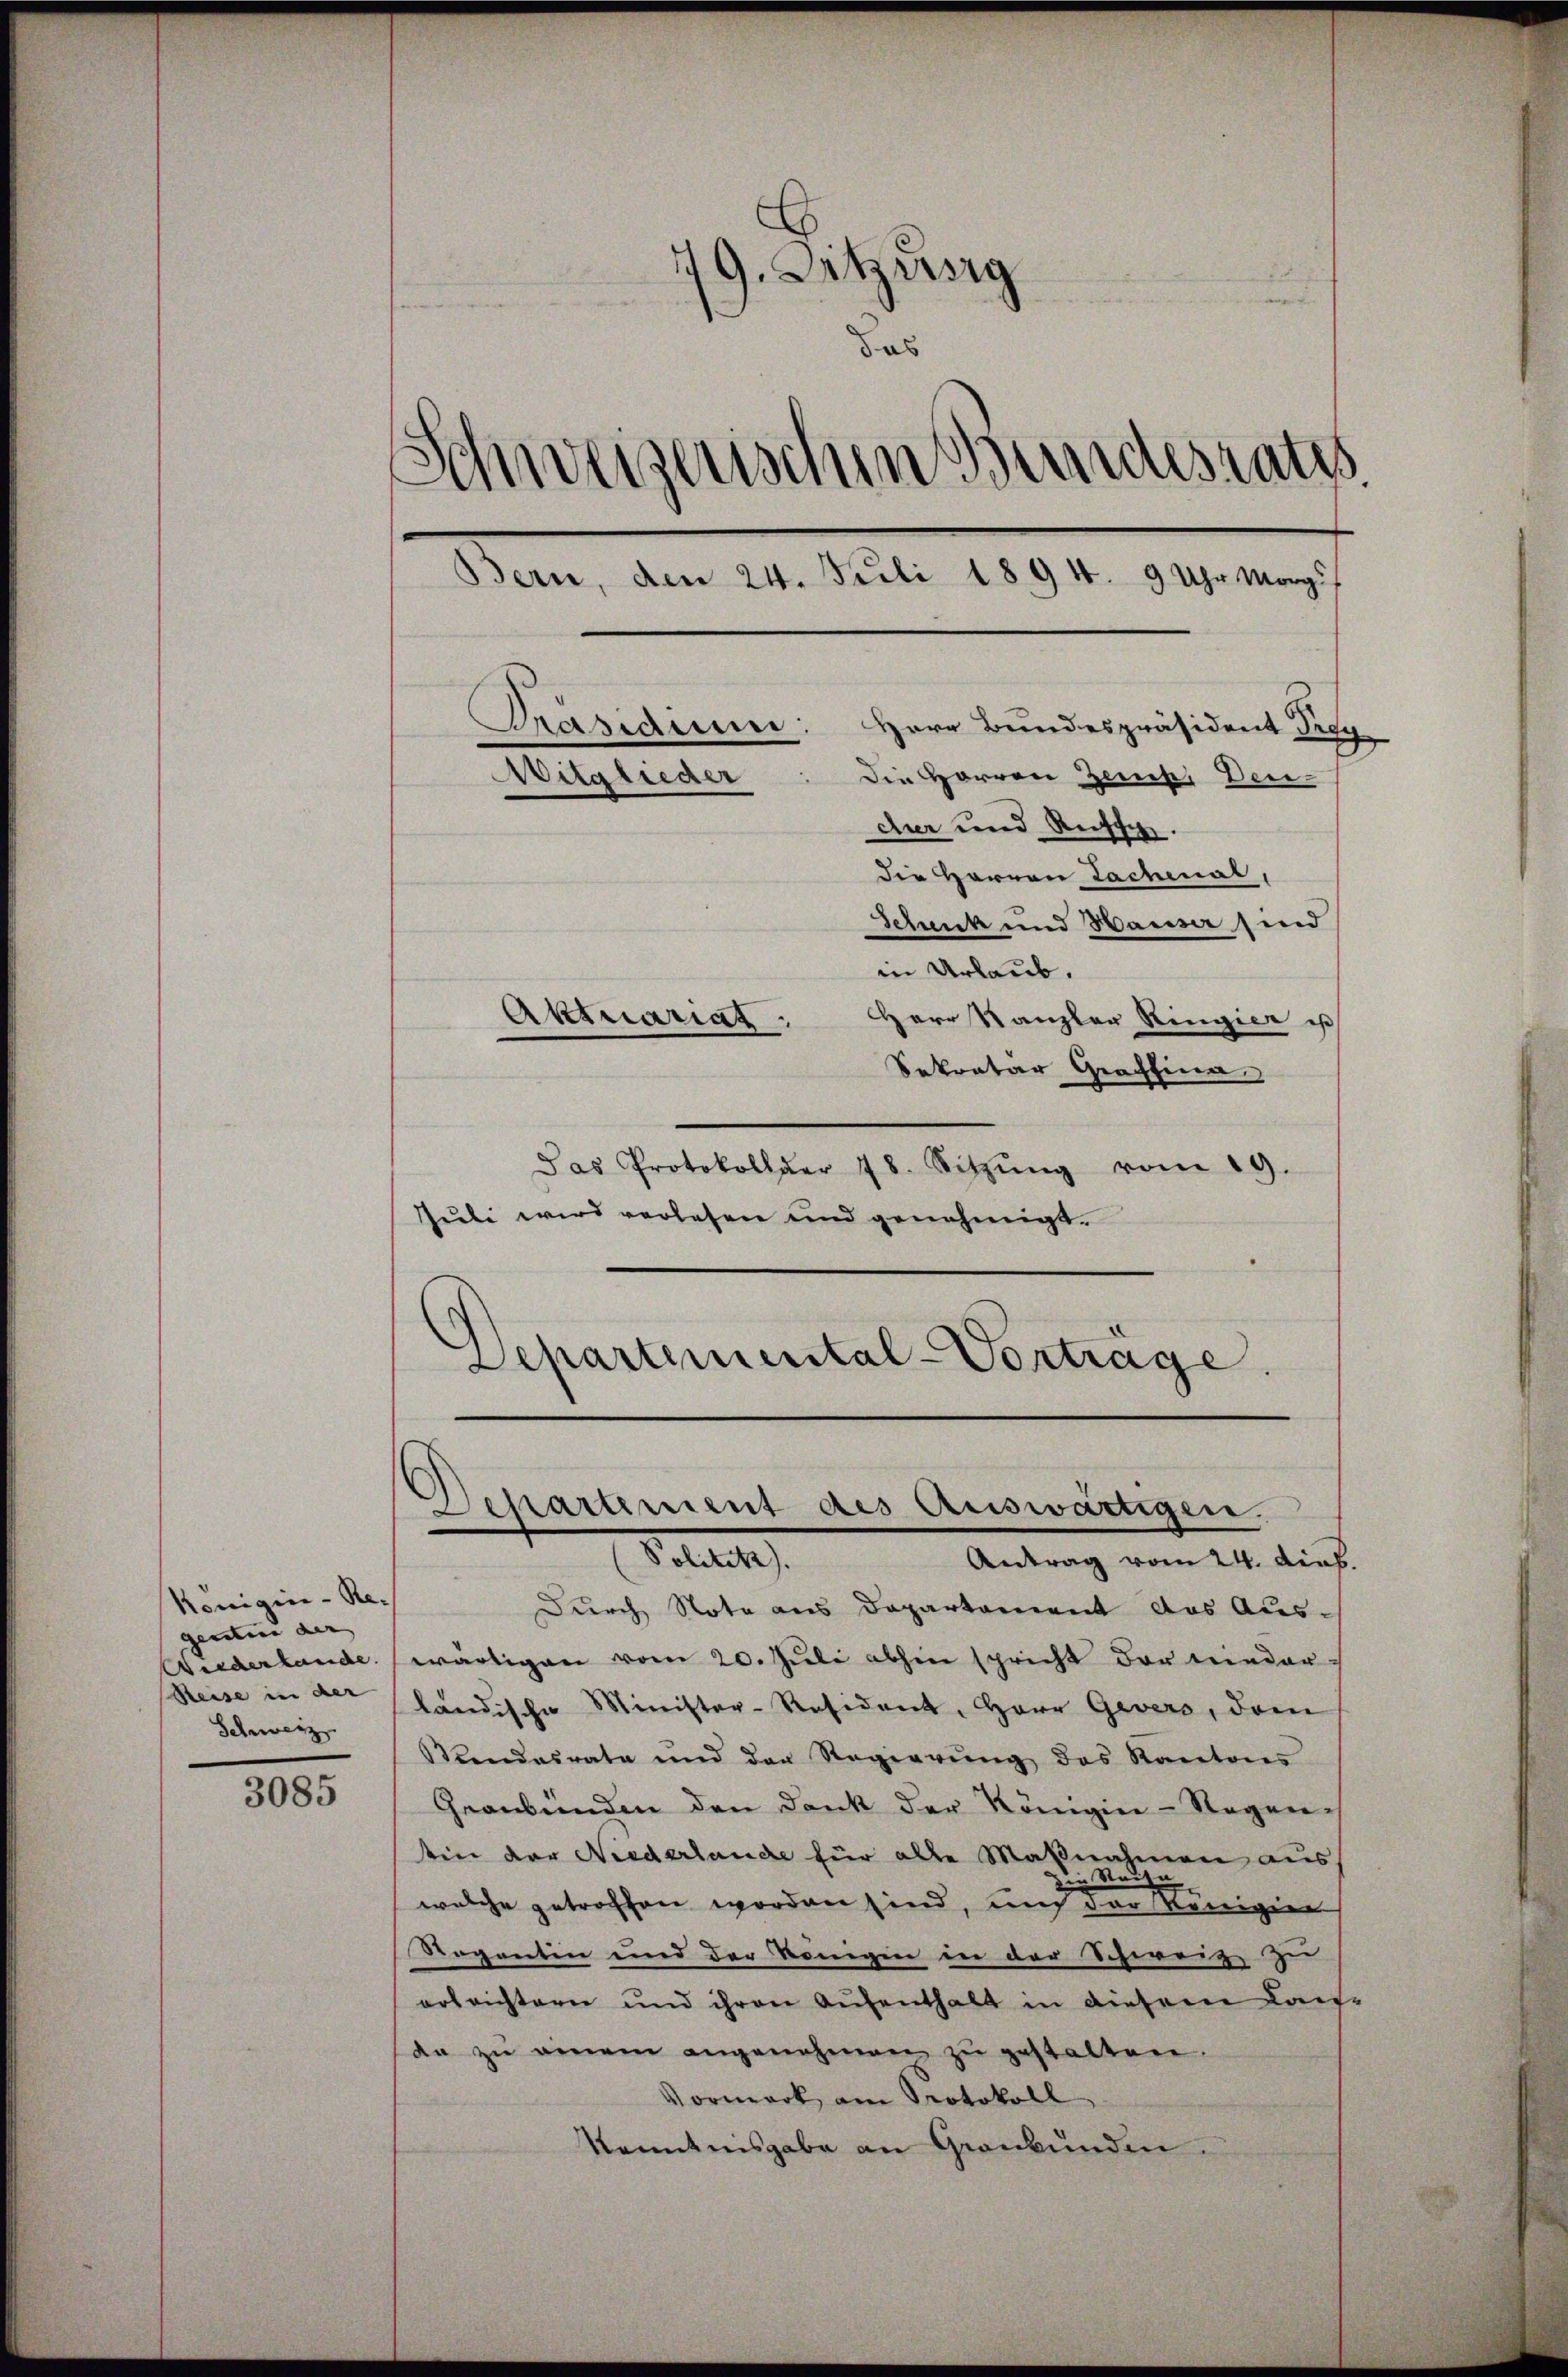
Königin - Rec
genten der |
Reise in der
Schweiz

3085

79. Sitzung
das
d
inweizerischen Bundesraths
Bern, den 24. Juli 1894. 9 Uhr Morg
Kasidium:
Herr Bundespräsident Frey
Die Herren Zeich Dei-
Mitglieder
der und Russe.

die Herren Lachenal,
Gelunk und Hause sind
in Urlaub.
Herr Kanzler Ringier is
Aktuariat
Sekretar Graffina
Das Protokoller 78. Sitzŭng vom 19.
Jŭli wird verlesen und genehmigt.
Departemental-Vorträge.

Departement des Auswärtigen.

Sollte
Antrag vom 24. dich.
Durch Note aus Departement das Aus-
Wiederlande (wärtigen vom 20. Jŭli abhin spricht der nieder
ländische Minister-Resident, Herr Gevers, dem
Stundesrate und der Regierung des Kantons
Geanbünden den Dank der Königier-Regenein der Niederlande für alle Maßnahmen aus
u
den Sta- |
welche getroffen worden sind, und der Königin
Regentin und der Königen in der Schweiz zu
erleichtern und ihren Aufenthalt in diesem Lau-
an zŭ einem angenehmen zŭ gestalten.
Vormark am Protokoll
kanntnisgabe an Graubünden.